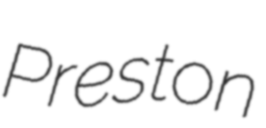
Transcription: Preston